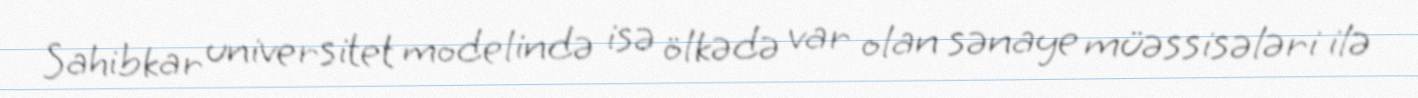
Sahibkar universitet modelində isə ölkədə var olan sənaye müəssisələri ilə